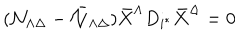
( { \cal N } _ { \Lambda \Delta } - { \bar { \cal N } } _ { \Lambda \Delta } ) { \bar { X } } ^ { \Lambda } D _ { i ^ { * } } { \bar { X } } ^ { \Delta } = 0